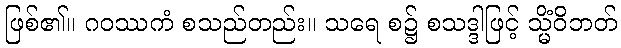
ဖြစ်၏။ ဂဝဿကံ စသည်တည်း။ သရေ စ၌ စသဒ္ဒါဖြင့် သ္မိံဝိဘတ်